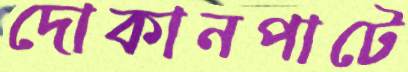
দোকানপাটে